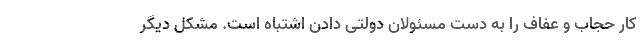
کار حجاب و عفاف را به دست مسئولان دولتی دادن اشتباه است. مشکل دیگر